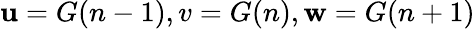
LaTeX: \mathbf{u}=G(n-1),v=G(n),\mathbf{w}=G(n+1)